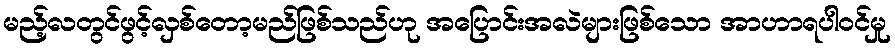
မည့်လတွင်ဖွင့်လှစ်တော့မည်ဖြစ်သည်ဟု အပြောင်းအလဲများဖြစ်သော အာဟာရပါဝင်မှု